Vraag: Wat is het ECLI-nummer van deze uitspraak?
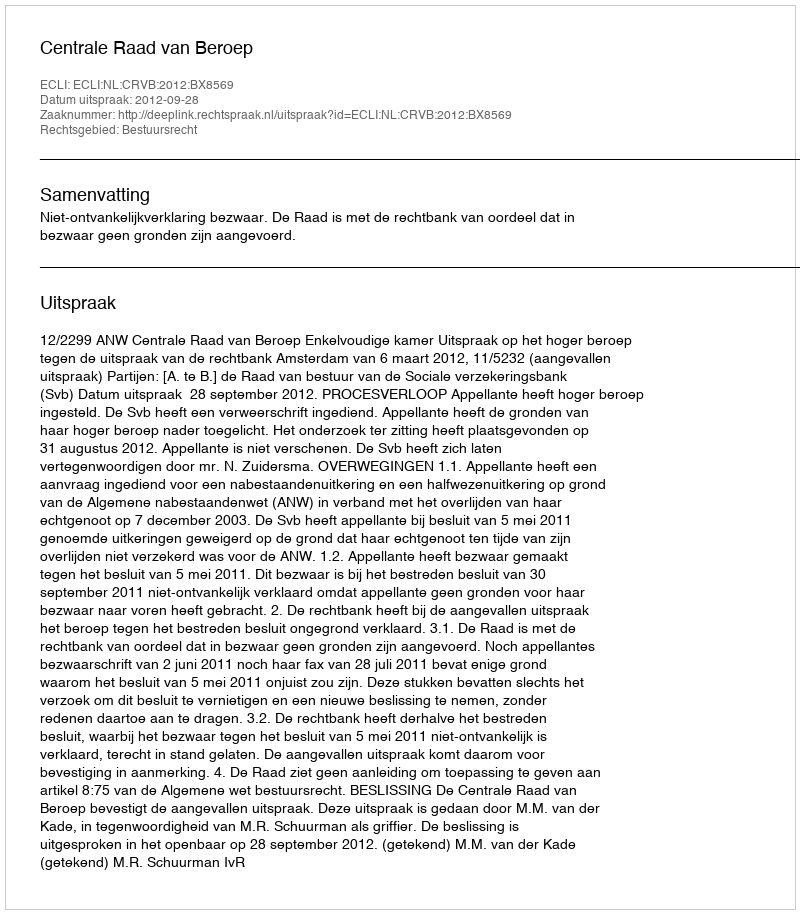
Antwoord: ECLI:NL:CRVB:2012:BX8569